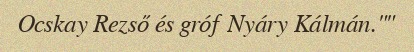
Ocskay Rezső és gróf Nyáry Kálmán.""